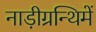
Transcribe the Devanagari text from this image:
नाड़ीग्रन्थिमें